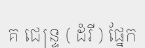
គ ជេន្ទ្រ ( ដំរី ) ផ្នែក